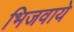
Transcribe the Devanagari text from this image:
भिजवाये